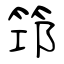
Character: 筇